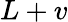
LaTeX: L+v